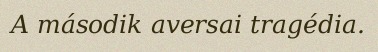
A második aversai tragédia.